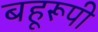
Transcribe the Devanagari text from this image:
बहूरूपी